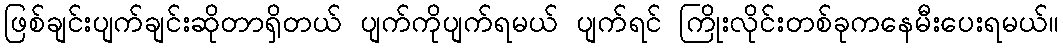
ဖြစ်ချင်းပျက်ချင်းဆိုတာရှိတယ် ပျက်ကိုပျက်ရမယ် ပျက်ရင် ကြိုးလိုင်းတစ်ခုကနေမီးပေးရမယ်။